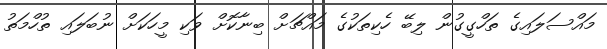
މައްސަލައިގެ ތަހްގީގުން ލިބޭ ހެކިތަކުގެ މައްޗަށް ބިނާކޮށް ވަކި މީހަކަށް ނުބަލައި ތުހްމަތު